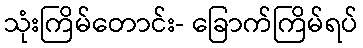
သုံးကြိမ်တောင်း- ခြောက်ကြိမ်ရပ်